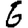
Digit: 6